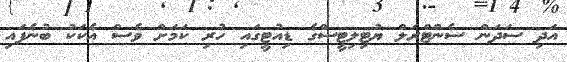
އަދި ސަދަން ސެންޓްރަލް ޔުޓިލިޓީސްގެ ޑިއުޓީގައި ހުރި ކަމަށް ވެސް އެކަކު ބުނެފައި